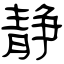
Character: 静